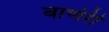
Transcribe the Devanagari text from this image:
बाणेरी